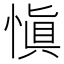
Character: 愼